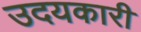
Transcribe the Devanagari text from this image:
उदयकारी